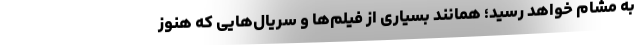
به مشام خواهد رسید؛ همانند بسیاری از فیلم‌ها و سریال‌هایی که هنوز